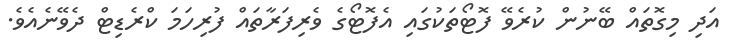
އަދި މިގޮތައް ބޭނުން ކުރެވޭ ފޮޓޯތަކުގައި އެފޮޓޯގެ ވެރިފަރާތައް ފުރިހަމަ ކްރެޑިޓް ދެވޭނެއެވެ.